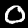
Digit: 0